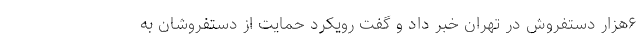
۶هزار دستفروش در تهران خبر داد و گفت رویکرد حمایت از دستفروشان به